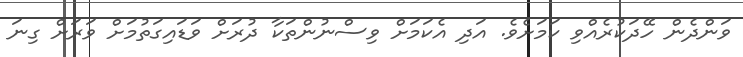
ވަންދެން ހޭދަކުރެއްވި ކަމަށެވެ. އަދި އެކަމަށް ވިސްނުންތަކާ ދުރަށް ވަޑައިގަތުމަށް ވަރަށް ގިނަ